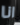
انا